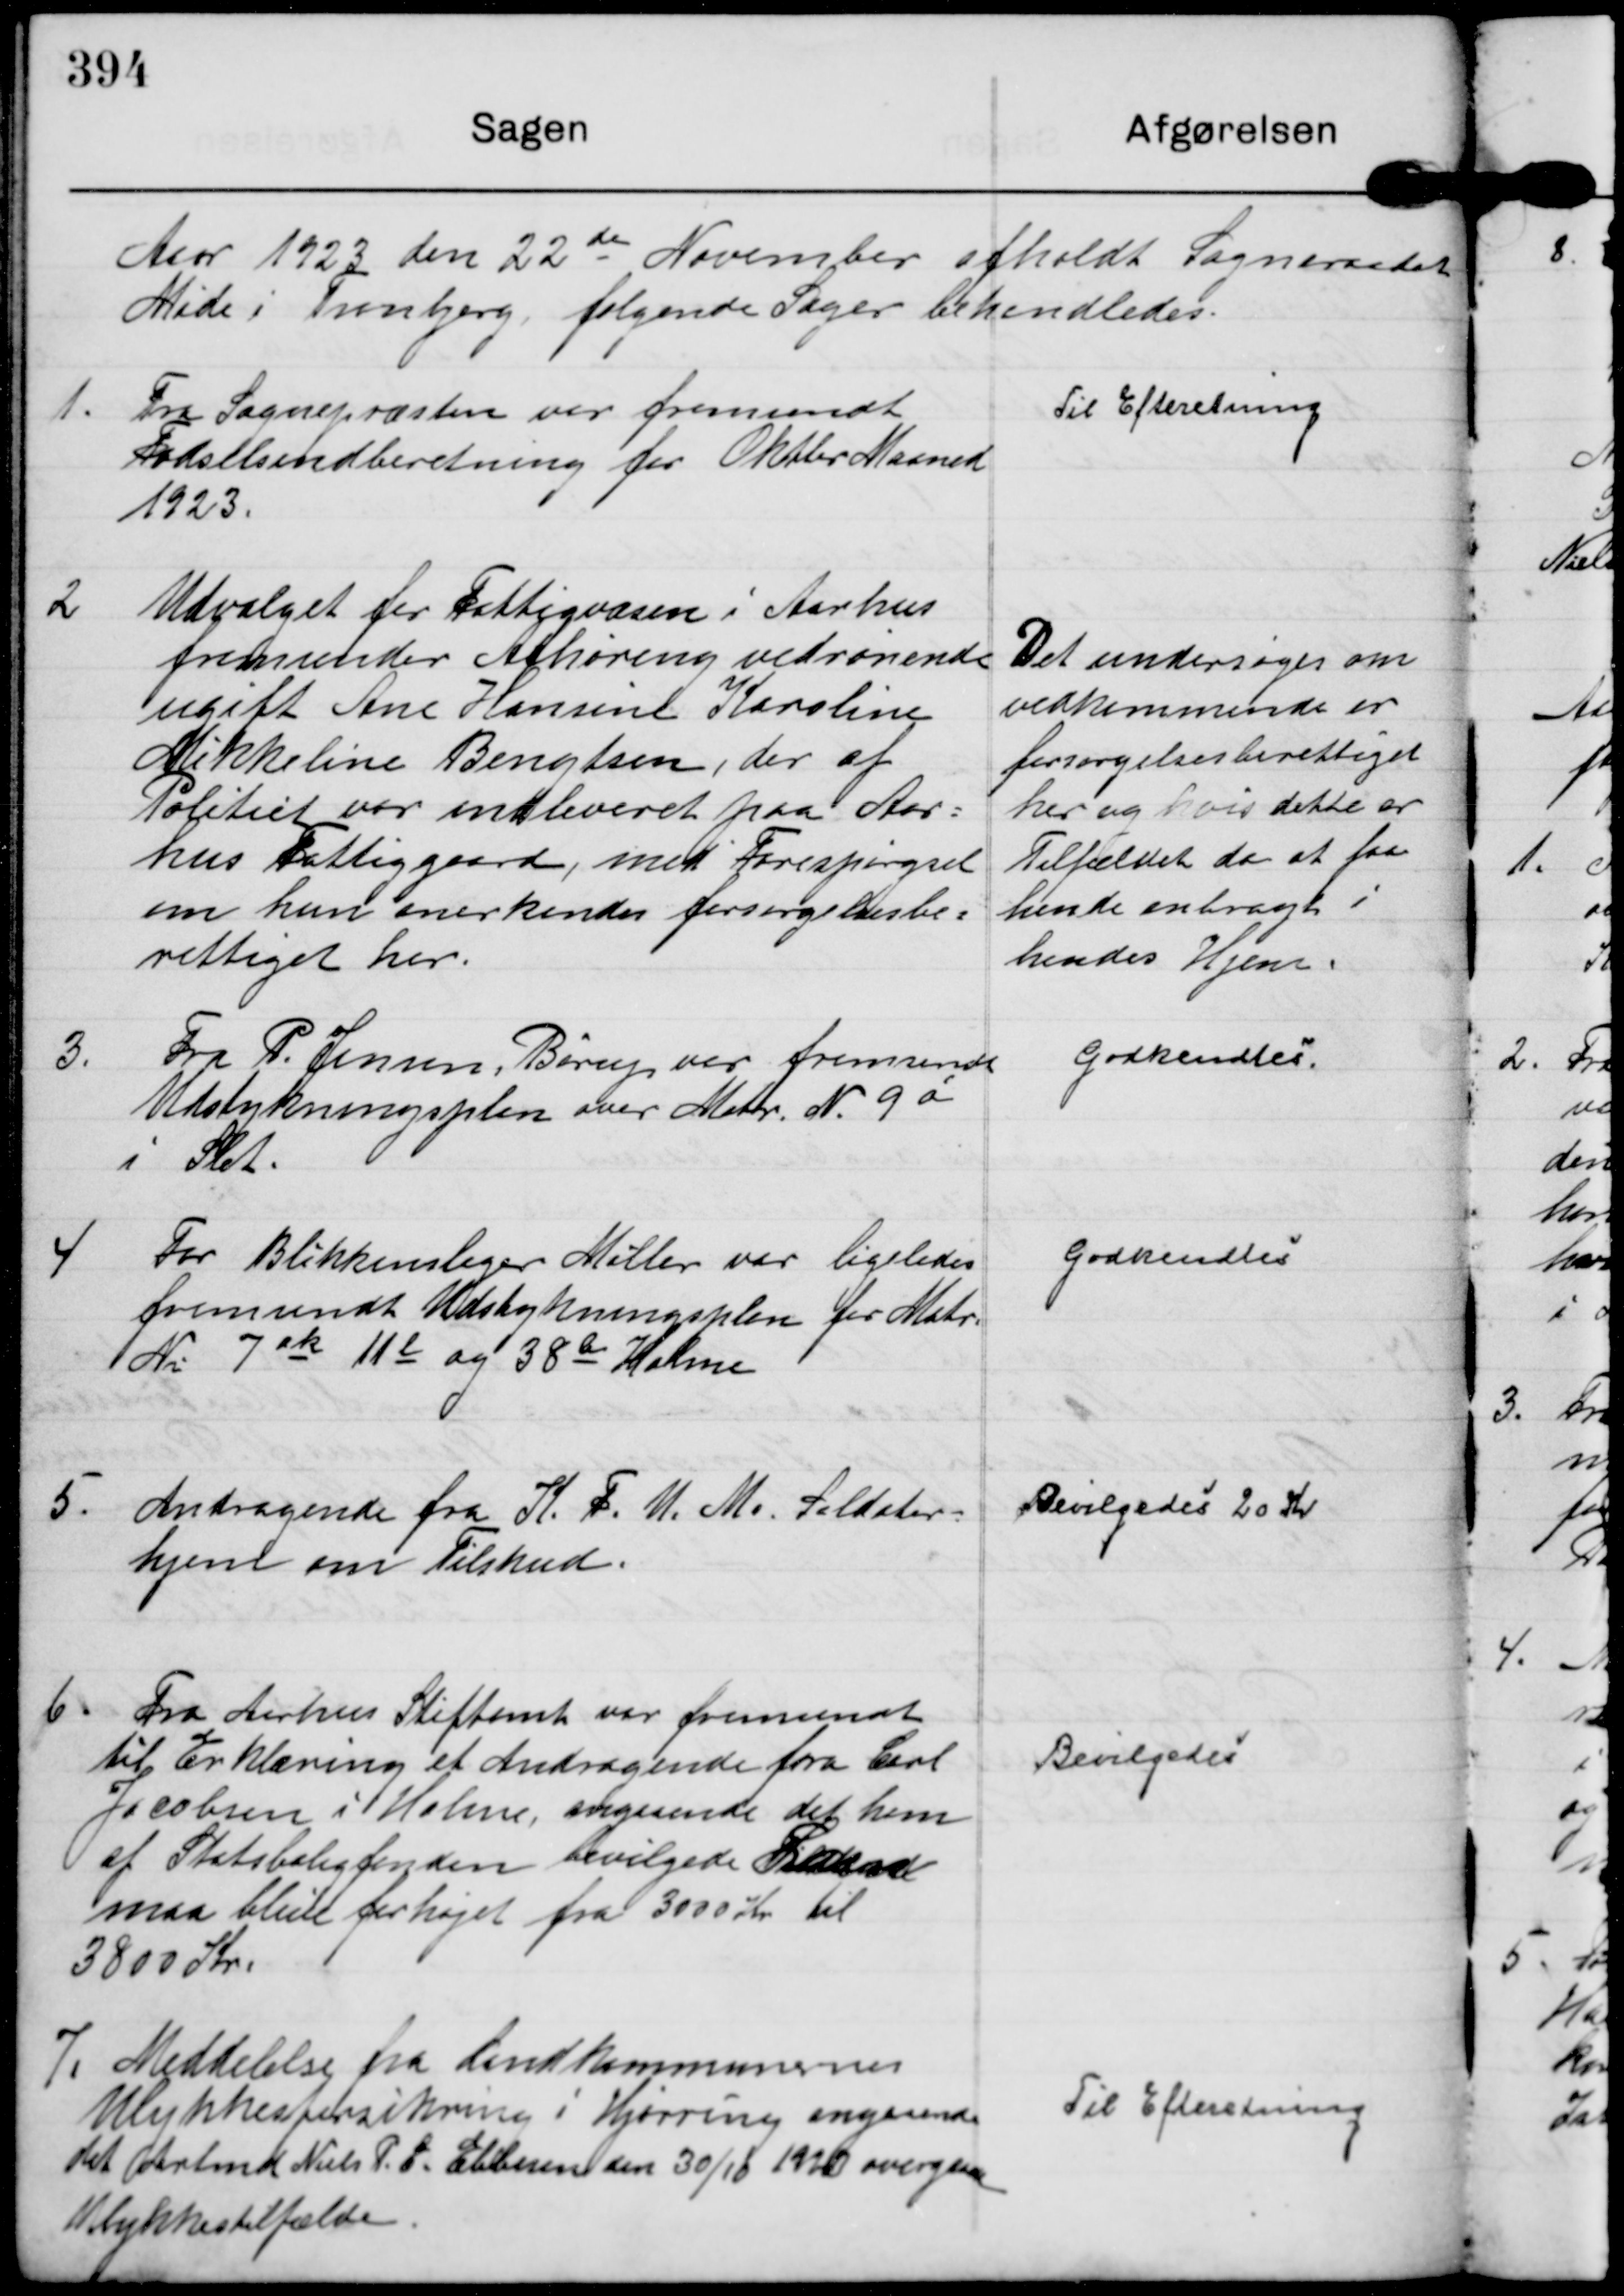
Transskription:
Aar 1923 den 22 de November afholdt Sogneraadet 
Møde i Tranbjerg, følgende Sager behandledes.

1.
Fra Sognepræsten var fremsendt
Fødselsindberetning for Oktober Maaned
1923.

Til Efteretning

2
Udvalget for Fattigvæsen i Aarhus
fremsender Afhøring vedrørrende
ugift Ane Hansine Karoline
Mikkeline Bengtsen, der af
Politiet var indleveret paa Aar=
hus Fattiggaard, med Forespørgsel
om hun anerkendes forsørgelsesbe=
rettiget her.

Det undersøges om
vedkommende er
forsørgelsesberettiget
her og hvis dette er
Tilfældet da at faa
hende anbragt i
hendes Hjem.

3.
Fra P. Jensen, Børup var fremsendt
Udstykningsplan over Matr. N. 9 a
i Slet.

Godkendtes.

4
For Blikkenslager Møller var ligeledes
fremsendt Udstykningsplan for Matr.
Nr. 7 ak 11 l og 38 b Holme

Godkendtes

5.
Andragende fra K. F. U. M s. Soldater=
hjem om Tilskud.

Bevilgedes 20 Kr

6.
Fra Aarhus Stiftamt var fremsendt
til Erklæring et Andragende fra Carl
Jacobsen i Holme, angaaende det ham
af Statsboligfonden bevilgede Laan
maa blive forhøjet fra 3000 Kr til
3800 Kr.

Bevilgedes

7.
Meddelelse fra Landkommunernes
Ulykkesforsikring i Hjørring angaaende
det Arbmd Niels P. C. Ebbesen den 30/10 1923 overgaan 
Ulykkestilfælde.

Til Efteretning